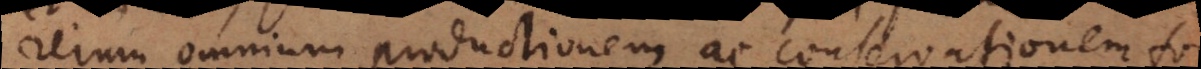
rerum omnium productionem ac conservationem